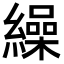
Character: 繰